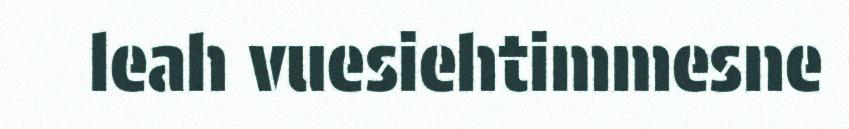
leah vuesiehtimmesne